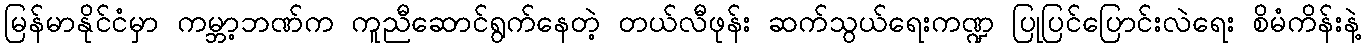
မြန်မာနိုင်ငံမှာ ကမ္ဘာ့ဘဏ်က ကူညီဆောင်ရွက်နေတဲ့ တယ်လီဖုန်း ဆက်သွယ်ရေးကဏ္ဍ ပြုပြင်ပြောင်းလဲရေး စိမံကိန်းနဲ့